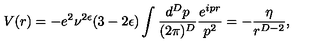
V ( r ) = - e ^ { 2 } \nu ^ { 2 \epsilon } ( 3 - 2 \epsilon ) \int \frac { d ^ { D } p } { ( 2 \pi ) ^ { D } } \frac { e ^ { i p r } } { p ^ { 2 } } = - \frac { \eta } { r ^ { D - 2 } } ,